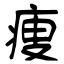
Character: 痩